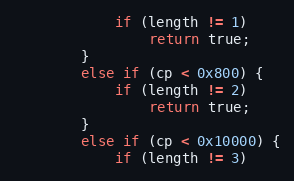
Language: C
            if (length != 1)
                return true;
        }
        else if (cp < 0x800) {
            if (length != 2)
                return true;
        }
        else if (cp < 0x10000) {
            if (length != 3)